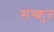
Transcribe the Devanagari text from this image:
संस्क्रुत